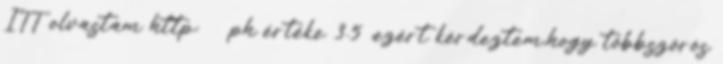
ITT olvastam http: ph értéke 3.5 ,ezért kérdeztem,hogy többszörös